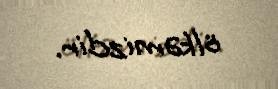
ölkəmizdir.